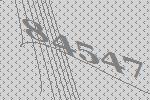
84547